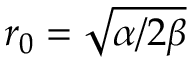
r _ { 0 } = \sqrt { \alpha / 2 \beta }